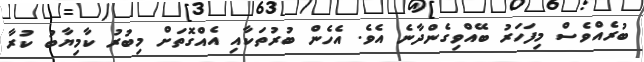
ބުރެއްވެސް މިފަހަރު ބޭއްވިގެންދާނެ އެވެ. އެހެން ބުރުތަކާއި އެއްގޮތަށް މިބުރު ކާމިޔާބު ކުރާ